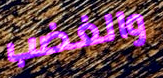
والغضب